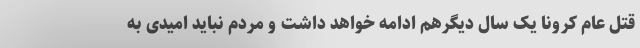
قتل عام کرونا یک سال دیگرهم ادامه خواهد داشت و مردم نباید امیدی به